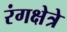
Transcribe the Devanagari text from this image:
रंगक्षेत्रे